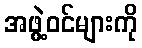
အဖွဲ့ဝင်များကို